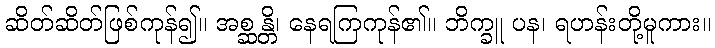
ဆိတ်ဆိတ်ဖြစ်ကုန်၍။ အစ္ဆန္တိ၊ နေရကြကုန်၏။ ဘိက္ခူ ပန၊ ရဟန်းတို့မူကား။